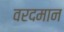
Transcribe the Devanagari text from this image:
वरदमान